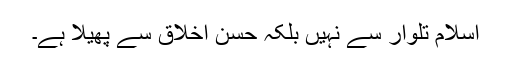
اسلام تلوار سے نہیں بلکہ حسن اخلاق سے پھیلا ہے۔